Annual report on the Civil Veterinary Department, Burma (including the Insein Veterinary School) - 1932-1941
Year: 1932
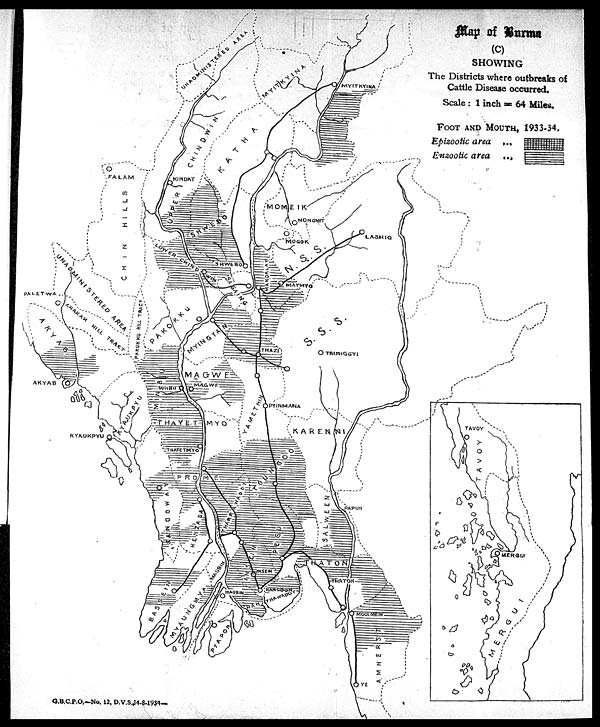
G.B.C.P.O.—No. 12, D.V.S.,14-8-1934—